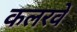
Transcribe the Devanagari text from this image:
कलरवें